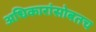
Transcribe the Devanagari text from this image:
अधिकारांसोबतच